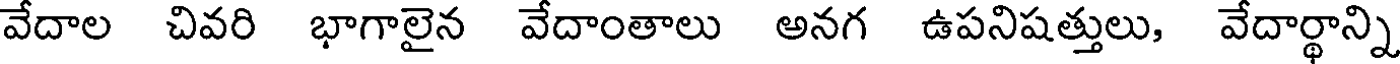
వేదాల చివరి భాగాలైన వేదాంతాలు అనగ ఉపనిషత్తులు, వేదార్థాన్ని